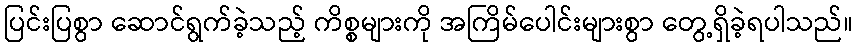
ပြင်းပြစွာ ဆောင်ရွက်ခဲ့သည့် ကိစ္စများကို အကြိမ်ပေါင်းများစွာ တွေ့ရှိခဲ့ရပါသည်။